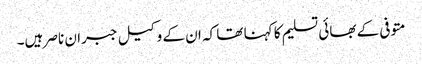
متوفی کے بھائی تسلیم کا کہنا تھا کہ ان کے وکیل جبران ناصر ہیں۔